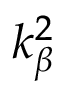
k _ { \beta } ^ { 2 }